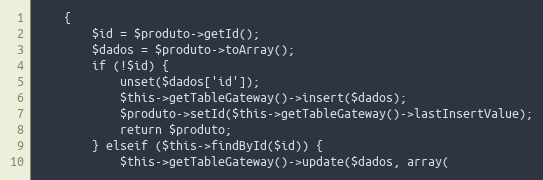
Language: PHP
    {
        $id = $produto->getId();
        $dados = $produto->toArray();
        if (!$id) {
            unset($dados['id']);
            $this->getTableGateway()->insert($dados);
            $produto->setId($this->getTableGateway()->lastInsertValue);
            return $produto;
        } elseif ($this->findById($id)) {
            $this->getTableGateway()->update($dados, array(